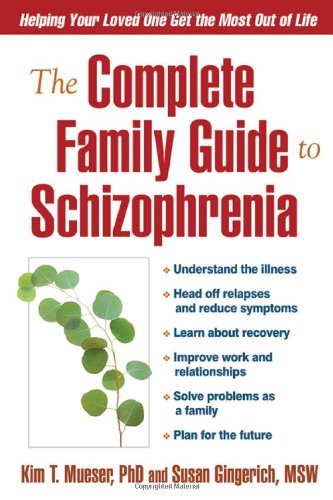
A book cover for The Complete Family Guide to Schizophrenia: Helping Your Loved One Get the Most Out of Life; Kim T. Mueser PhD; Medical Books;